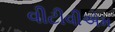
વીટીવીએમ